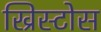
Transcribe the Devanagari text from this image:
ख्रिस्टोस